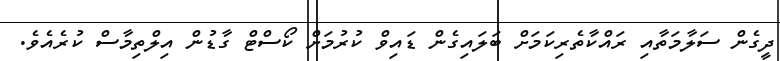
ދީގެން ސަލާމަތާއި ރައްކާތެރިކަމަށް ބަލައިގެން ޑައިވް ކުރުމަށް ކޯސްޓް ގާޑުން އިލްތިމާސް ކުރެއެވެ.